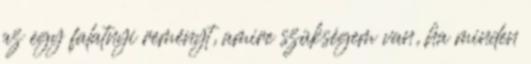
az egy falatnyi reményt, amire szükségem van, ha minden